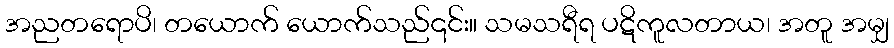
အညတရောပိ၊ တယောက် ယောက်သည်၎င်း။ သမသရီရ ပဋိကူလတာယ၊ အတူ အမျှ